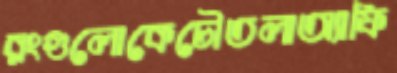
রংগুলোকেচৌতলাঅ্যাফি